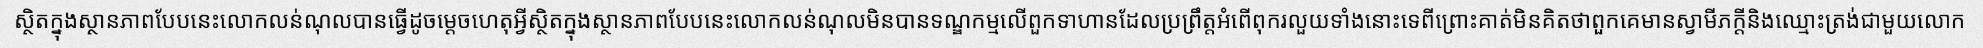
ស្ថិតក្នុងស្ថានភាពបែបនេះលោកលន់ណុលបានធ្វើដូចម្តេចហេតុអ្វីស្ថិតក្នុងស្ថានភាពបែបនេះលោកលន់ណុលមិនបានទណ្ឌកម្មលើពួកទាហានដែលប្រព្រឹត្តអំពើពុករលួយទាំងនោះទេពីព្រោះគាត់មិនគិតថាពួកគេមានស្វាមីភក្តីនិងឈ្មោះត្រង់ជាមួយលោក